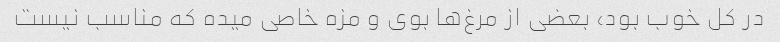
در کل خوب بود، بعضی از مرغ‌ها بوی و مزه خاصی میده که مناسب نیست